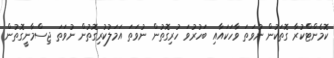
ކޮމެންޓްކުރާ ގޮތަކުން ނުވަތަ ވާހަކައާއި ބަހުރުވަ ހުރިގޮތުން ނުވަތަ އަމަލުކުރިގޮތުން ނުވަތަ ޖިސްމާނީގޮތުން